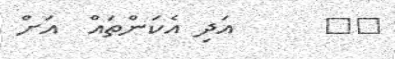
١٧      އަދި އެކަންތައް  އަށް